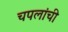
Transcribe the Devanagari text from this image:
चपलांची